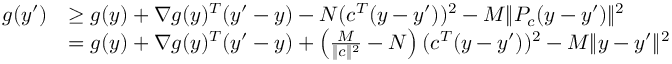
\begin{array} { r l } { g ( y ^ { \prime } ) } & { \geq g ( y ) + \nabla g ( y ) ^ { T } ( y ^ { \prime } - y ) - N ( c ^ { T } ( y - y ^ { \prime } ) ) ^ { 2 } - M \| P _ { c } ( y - y ^ { \prime } ) \| ^ { 2 } } \\ & { = g ( y ) + \nabla g ( y ) ^ { T } ( y ^ { \prime } - y ) + \left( \frac { M } { \| c \| ^ { 2 } } - N \right) ( c ^ { T } ( y - y ^ { \prime } ) ) ^ { 2 } - M \| y - y ^ { \prime } \| ^ { 2 } } \end{array}